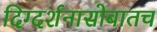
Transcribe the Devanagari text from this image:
दिग्दर्शनासोबातच